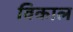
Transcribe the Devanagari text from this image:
विकाल